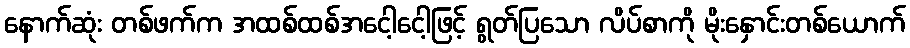
နောက်ဆုံး တစ်ဖက်က အထစ်ထစ်အငေါ့ငေါ့ဖြင့် ရွတ်ပြသော လိပ်စာကို မိုးနှောင်းတစ်ယောက်